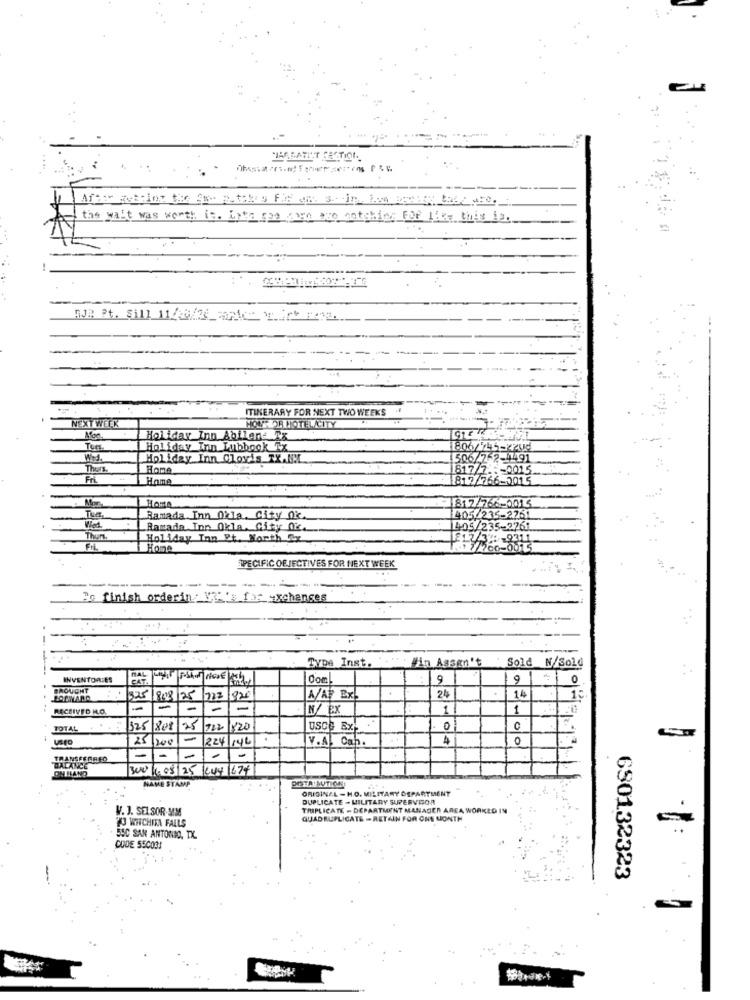
the walt was worth is. Ento gay porn are notshing For Like this 13.
FJR Pt. sill 11/28/2 Pontos which Fare.
ITINERARY FOR NEXT TWO WEEKS
NEXT WEEK
HOUROR HOTEL/CITY
Holiday Inn Abilene Rx
Tors
Holiday Inn Lubbock Tx
1806/145-2200
Wed.
Holiday Inn Clovis TX.N.L
506/762-11491
Thurs.
Home
817/7 .:- 0015.
Fri
Home
812/766-2015
Mon
Home
1812/766-0015
Tue
Ramada Inn Okla. City Ok
405/235-2251
Ramada Inn Okla, City Oc.
1405/235-2761
Thurs
Holiday Inn Pt. North Cx
E12/32: - 9311
Home
7/760-0015
SPECIFIC OBJECTIVES FOR NEXT WEEK
-----
Be finish orderin : VI's_for __ xchanges
TyDe Inst.
#in Assen't
Sold N/Sold
INVENTORIES
CATA
9
9
0
BROUGHT
325
8/08/25
808
723
925
A/Ay Ex
24
14
1:
RECEIVED M.O.
-
-
-
-
N/ Ex
1
1
TOTAL
325 808
25
722
1820
USCH Ex
0
25
-
224/146
V.A. Can.
4
0
-
TRANSFERRED
-
-
-
BALANCE
OM HAND
300 11.08/25 KU4 1674
NAME STAMP
DISTAISUTION!
ORIJINAL - HO. MILITARY DEPARTMENT
DUPLICATE - MILITARY SUPERVISOR
W. J. SEL SOR-MIM
TRIPLICATE - DEPARTMENT MANAGER AREA WORKED
QUADRUPLICATE - RETAIN FOR ONE MONTH
=
WICHITA FALLS
550 SAN ANTONIO, TX.
CODE 550031
630132323